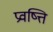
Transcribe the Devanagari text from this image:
प्रवष्त्ति